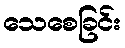
သေစေခြင်း